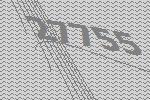
27755